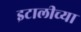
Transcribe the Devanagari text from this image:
इटालीच्या